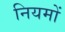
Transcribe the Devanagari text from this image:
नियमों